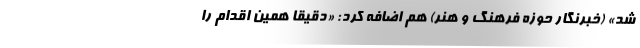
شد» (خبرنگار حوزه فرهنگ و هنر) هم اضافه کرد: «دقيقاً همين اقدام را